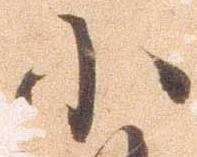
小